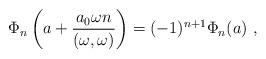
LaTeX: \begin{align*}\Phi_n\left(a+\frac{a_0\omega n}{(\omega,\omega)}\right) =(-1)^{n+1}\Phi_n(a)\ ,\end{align*}